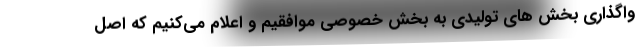
واگذاری بخش های تولیدی به بخش خصوصی موافقیم و اعلام می‌کنیم که اصل